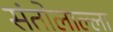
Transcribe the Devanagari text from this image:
संतोलाल्ला